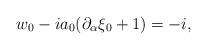
LaTeX: \begin{align*} w_0-ia_0(\partial_{\alpha}\xi_0+1)=-i,\end{align*}